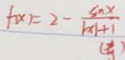
f ( x ) = 2 - \frac { \sin x } { \vert x \vert + 1 }